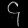
Digit: ၄